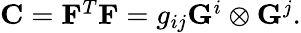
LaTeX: \begin{array}{r}{{\mathbf{C}}={\mathbf{F}}^{T}{\mathbf{F}}={g}_{ij}{\mathbf{G}}^{i}\otimes{\mathbf{G}}^{j}.}\end{array}